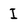
Character: I